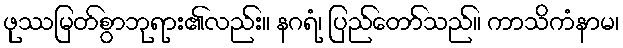
ဖုဿမြတ်စွာဘုရား၏လည်း။ နဂရံ၊ ပြည်တော်သည်။ ကာသိကံနာမ၊